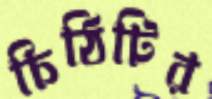
চিঠিটির